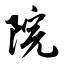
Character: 院